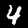
Digit: 4